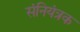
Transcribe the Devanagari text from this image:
संनियंत्रक